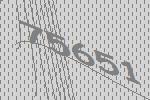
75651